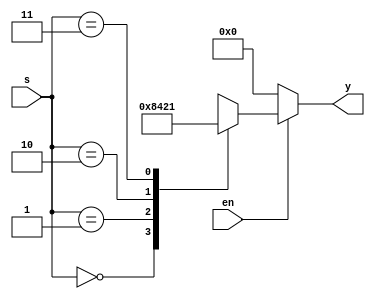
module decoder_2_4(input [1:0] s,input en, output [3:0] y);
reg y;

always @ (s or en)
begin

if(en == 0) begin
      y=4'b0;
end

else begin
case(s)
0:      y=4'b1000;
1:      y=4'b0100;
2:      y=4'b0010;
3:      y=4'b0001;
default : $display("wrong choice!");
endcase
end

end
endmodule